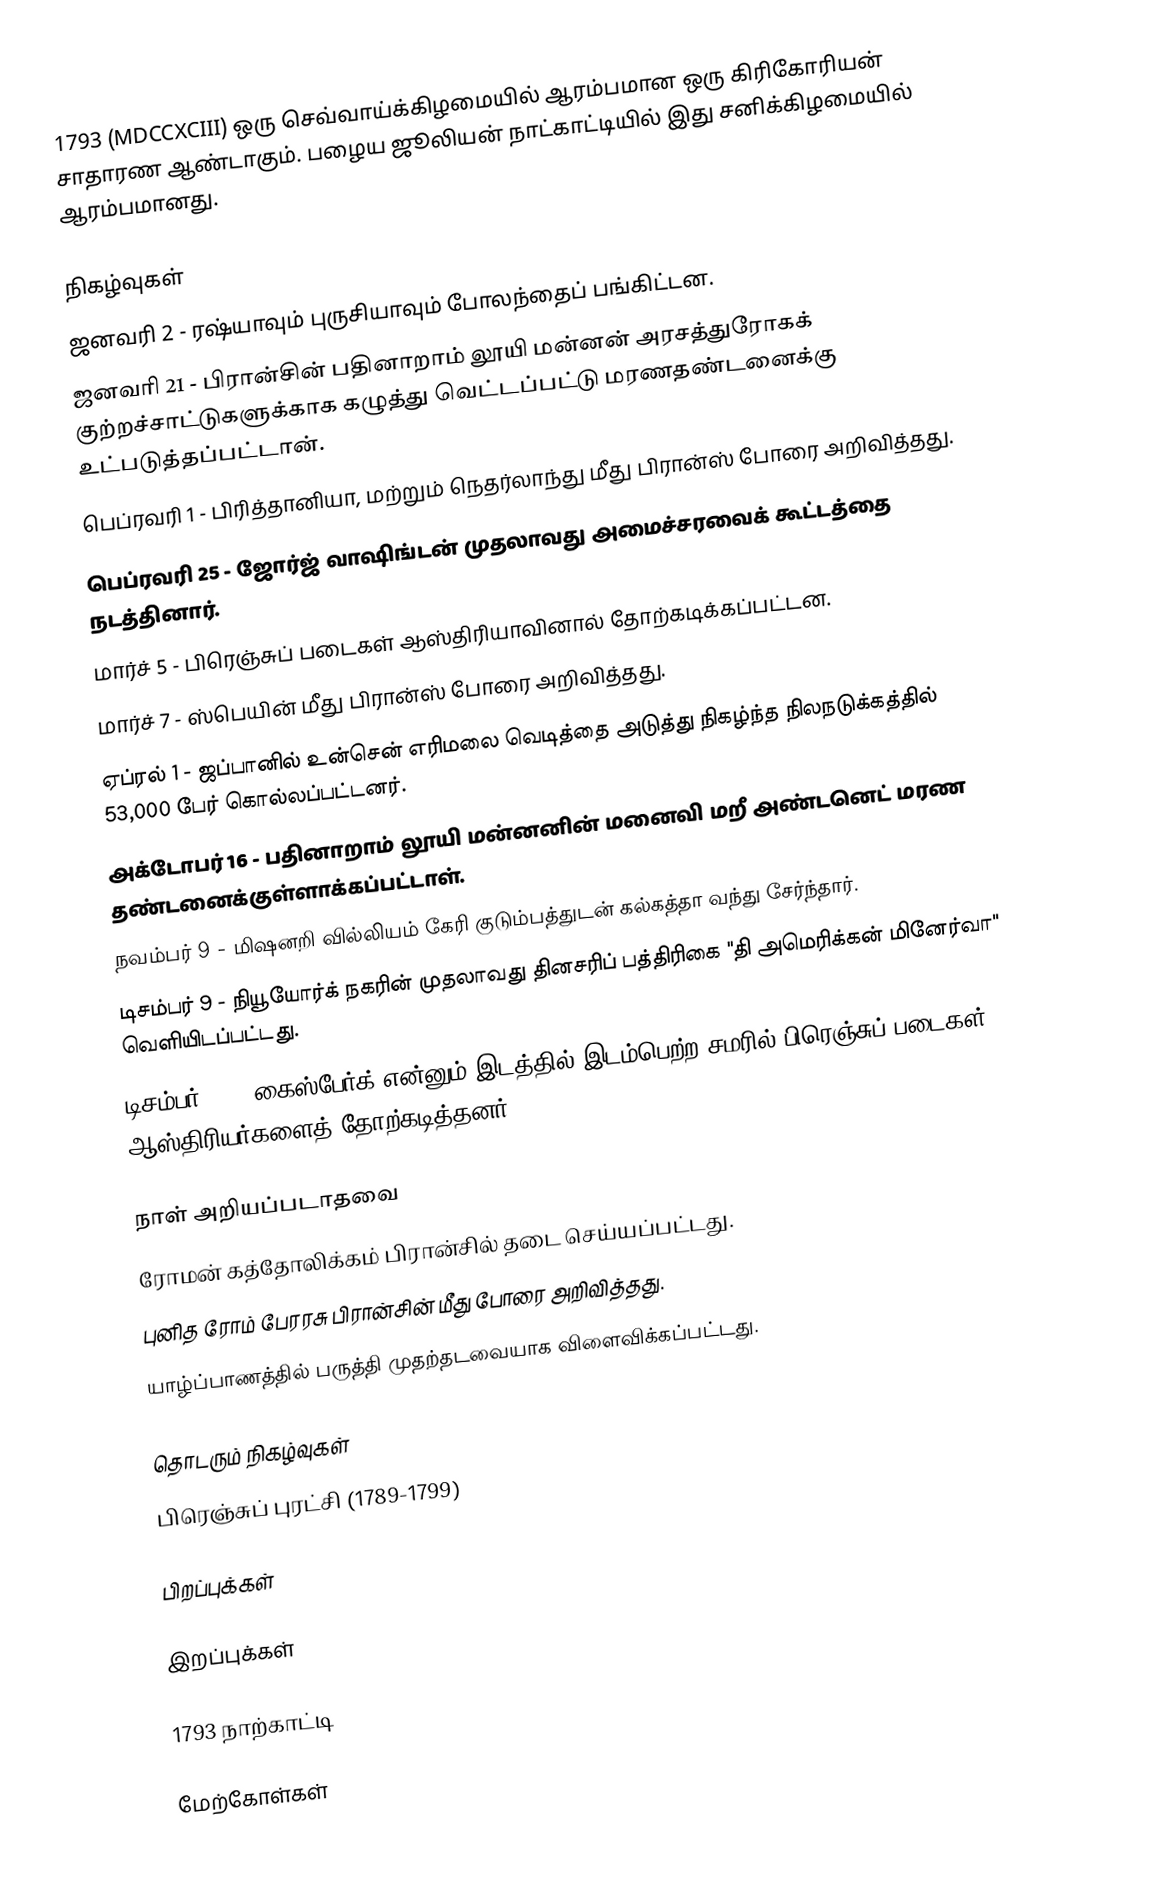
1793  (MDCCXCIII) ஒரு செவ்வாய்க்கிழமையில் ஆரம்பமான ஒரு கிரிகோரியன் சாதாரண ஆண்டாகும். பழைய ஜூலியன் நாட்காட்டியில் இது சனிக்கிழமையில் ஆரம்பமானது.

நிகழ்வுகள்
 ஜனவரி 2 - ரஷ்யாவும் புருசியாவும் போலந்தைப் பங்கிட்டன.
 ஜனவரி 21 - பிரான்சின் பதினாறாம் லூயி மன்னன் அரசத்துரோகக் குற்றச்சாட்டுகளுக்காக கழுத்து வெட்டப்பட்டு மரணதண்டனைக்கு உட்படுத்தப்பட்டான்.
 பெப்ரவரி 1 - பிரித்தானியா, மற்றும் நெதர்லாந்து மீது பிரான்ஸ் போரை அறிவித்தது.
 பெப்ரவரி 25 - ஜோர்ஜ் வாஷிங்டன் முதலாவது அமைச்சரவைக் கூட்டத்தை நடத்தினார்.
 மார்ச் 5 - பிரெஞ்சுப் படைகள் ஆஸ்திரியாவினால் தோற்கடிக்கப்பட்டன.
 மார்ச் 7 - ஸ்பெயின் மீது பிரான்ஸ் போரை அறிவித்தது.
 ஏப்ரல் 1 - ஜப்பானில் உன்சென் எரிமலை வெடித்தை அடுத்து நிகழ்ந்த நிலநடுக்கத்தில் 53,000 பேர் கொல்லப்பட்டனர்.
 அக்டோபர் 16 - பதினாறாம் லூயி மன்னனின் மனைவி மறீ அண்டனெட் மரண தண்டனைக்குள்ளாக்கப்பட்டாள்.
 நவம்பர் 9 - மிஷனறி வில்லியம் கேரி குடும்பத்துடன் கல்கத்தா வந்து சேர்ந்தார்.
 டிசம்பர் 9 - நியூயோர்க் நகரின் முதலாவது தினசரிப் பத்திரிகை "தி அமெரிக்கன் மினேர்வா" வெளியிடப்பட்டது.
 டிசம்பர் 26 - கைஸ்பேர்க் என்னும் இடத்தில் இடம்பெற்ற சமரில் பிரெஞ்சுப் படைகள் ஆஸ்திரியர்களைத் தோற்கடித்தனர்.

நாள் அறியப்படாதவை
 ரோமன் கத்தோலிக்கம் பிரான்சில் தடை செய்யப்பட்டது.
 புனித ரோம் பேரரசு பிரான்சின் மீது போரை அறிவித்தது.
 யாழ்ப்பாணத்தில் பருத்தி முதற்தடவையாக விளைவிக்கப்பட்டது.

தொடரும் நிகழ்வுகள்
 பிரெஞ்சுப் புரட்சி (1789-1799)

பிறப்புக்கள்

இறப்புக்கள்

1793 நாற்காட்டி

மேற்கோள்கள்